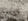
عالمنا